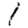
Digit: 1